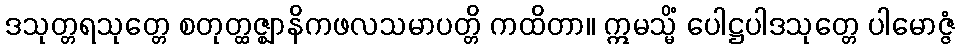
ဒသုတ္တရသုတ္တေ စတုတ္ထဇ္ဈာနိကဖလသမာပတ္တိ ကထိတာ။ ဣမသ္မိံ ပေါဋ္ဌပါဒသုတ္တေ ပါမောဇ္ဇံ